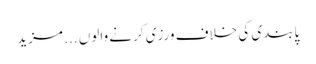
پابندی کی خلاف ورزی کرنے والوں ... مزید